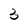
Character: 3